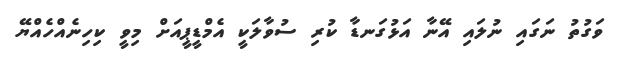
ވަގުތު ނަގައި ނުލައި އޭނާ އަޅުގަނޑާ ކުރި ސުވާލަކީ އެމްޑީޕީއަށް މިވީ ކިހިނެއްހެއްޔޭ